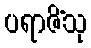
ပရာဇိံသု